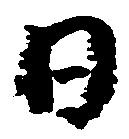
日